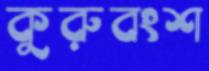
কুরুবংশ